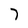
Character: 7